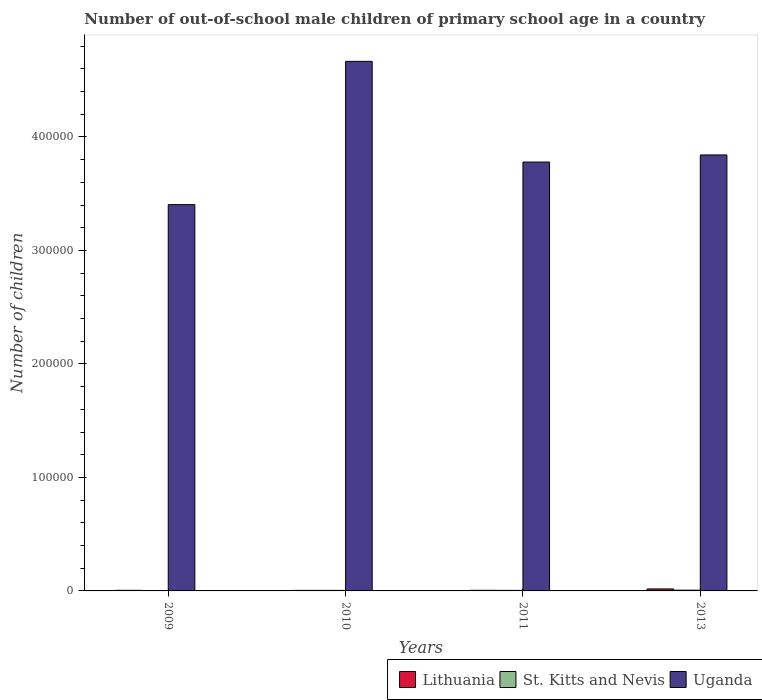
| Years | Lithuania | St. Kitts and Nevis | Uganda |
 | --- | --- | --- | --- |
 | 2009 | 521 | 302 | 3.4e+05 |
 | 2010 | 476 | 481 | 4.67e+05 |
 | 2011 | 526 | 471 | 3.78e+05 |
 | 2013 | 1.74e+03 | 649 | 3.84e+05 |